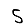
Digit: 5